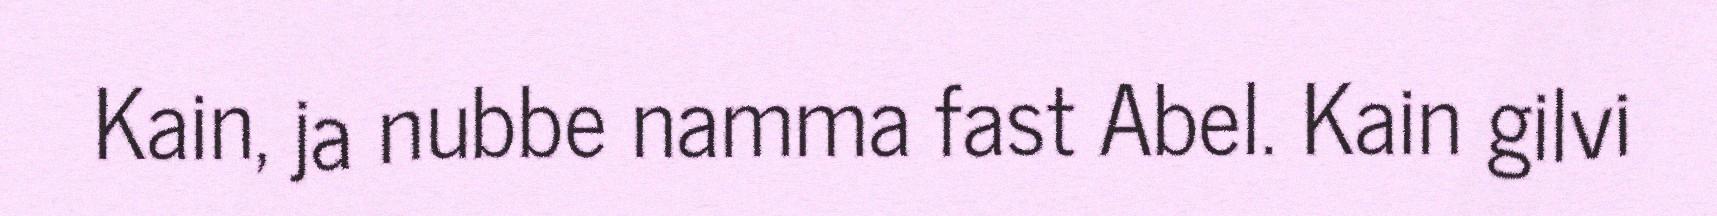
Kain, ja nubbe namma fast Abel. Kain gilvi